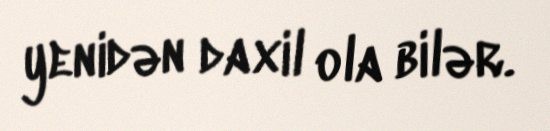
yenidən daxil ola bilər.